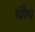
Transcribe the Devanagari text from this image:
द्यौष